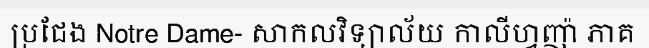
ប្រជែង Notre Dame- សាកលវិទ្យាល័យ កាលីហ្វញ៉ា ភាគ